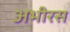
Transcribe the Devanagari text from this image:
अभीरस